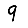
Digit: 9